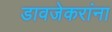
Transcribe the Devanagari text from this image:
डावजेकरांना